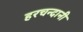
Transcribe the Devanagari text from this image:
हरचन्दानी